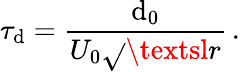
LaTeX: \tau_{\mathrm{d}}=\frac{{\mathrm{d}_{0}}}{{U_{0}\sqrt{}{{\textsl{{r}}}}}}\, .